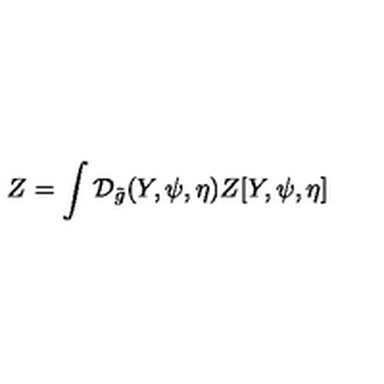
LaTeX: Z = \int { \mathcal { D } _ { \tilde { g } } } ( Y , \psi , \eta ) Z [ Y , \psi , \eta ]